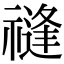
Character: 𥛝